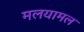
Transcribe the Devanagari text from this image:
मलयामल